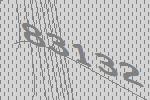
83132